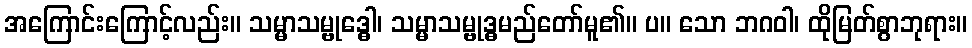
အကြောင်းကြောင့်လည်း။ သမ္မာသမ္ဗုဒ္ဓေါ၊ သမ္မာသမ္ဗုဒ္ဓမည်တော်မူ၏။ ပ။ သော ဘဂဝါ၊ ထိုမြတ်စွာဘုရား။